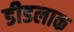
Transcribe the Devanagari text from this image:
डीडलाक